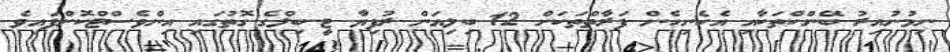
ނިމުނުއިރު ބޭންކްތަކާއި އެހެނިހެން ފަރާތްތަކަށް 12 ބިލިއަން ރުފިޔާ ޓީ-ބިލްގެ ގޮތުގައި އިންވެސްޓްކޮށްފައިވެ